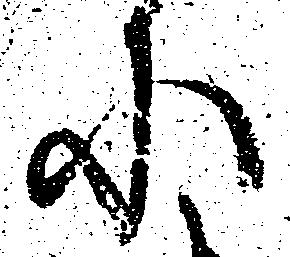
に